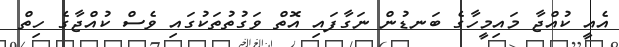
އެއީ ކުއްޖާ މައިމީހާގެ ބަނޑުން ނަގާފައި އޮތް ވަގުތުތަކުގައި ވެސް ކުއްޖާގެ ހިތް